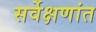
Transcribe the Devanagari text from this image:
सर्वेक्षणांत